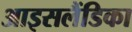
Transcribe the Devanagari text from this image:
आइसलैंडिका